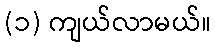
(၁) ကျယ်လာမယ်။